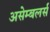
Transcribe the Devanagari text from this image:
असेम्बलर्स